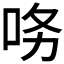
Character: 𱒝